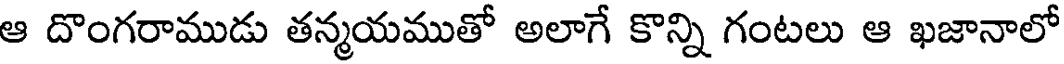
ఆ దొంగరాముడు తన్మయముతో అలాగే కొన్ని గంటలు ఆ ఖజానాలో